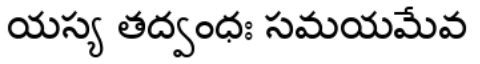
యస్య తద్వంధః సమయమేవ